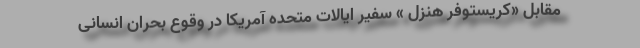
مقابل «کریستوفر هنزل » سفیر ایالات متحده آمریکا در وقوع بحران انسانی